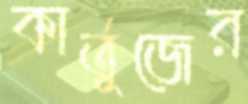
কার্তুজের